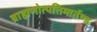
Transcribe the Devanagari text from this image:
ब्राह्मणोत्पत्तिमार्तण्ड